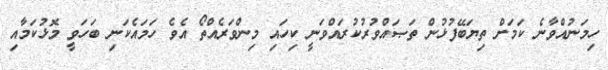
ހިމަނުއްވާނެ ކަމަށް ތިޔަބޭފުޅުން ތަޞައްވުރުކުރައްވަނީ ކިހައި މިންވަރެއްތޯ އެވެ ހަމައެކަނި ބަހަވީ މޮޅުކަމާއި